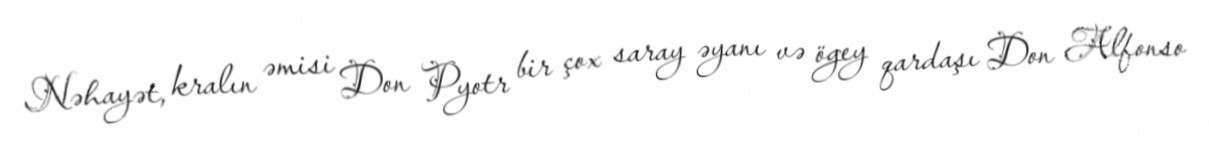
Nəhayət, kralın əmisi Don Pyotr bir çox saray əyanı və ögey qardaşı Don Alfonso